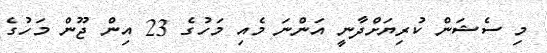
މި ސެޝަން ކުރިޔަށްދާނީ އަންނަ މެއި މަހުގެ 23 އިން ޖޫން މަހުގެ